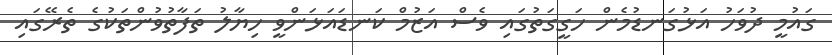
ގައުމީ ދުވަހު އަޅުގަނޑުމެން ހަގީގަތުގައި ވެސް އަޒުމް ކަނޑައަޅަންވީ ހިޔާލު ތަފާތުވުންތަކުގެ ތެރޭގައި